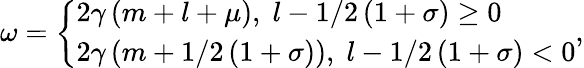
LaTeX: \omega=\left\{ \begin{array}{l}{{2\gamma\left(m+l+\mu\right),\; {}l-1/2\left(1+\sigma\right)\geq 0}}\\ {{2\gamma\left(m+1/2\left(1+\sigma\right)\right),\; {}l-1/2\left(1+\sigma\right)<0}}\end{array}\right.,